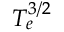
T _ { e } ^ { 3 / 2 }